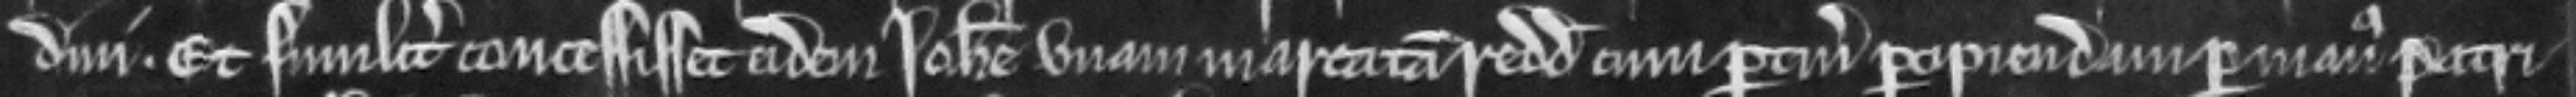
dini. Et similiter concessisset eidem Johanne unam marcatam redditus cum pertinenciis percipiendam per manus Patri